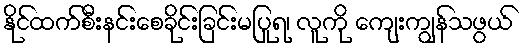
နိုင်ထက်စီးနင်းစေခိုင်းခြင်းမပြုရ၊ လူကို ကျေးကျွန်သဖွယ်